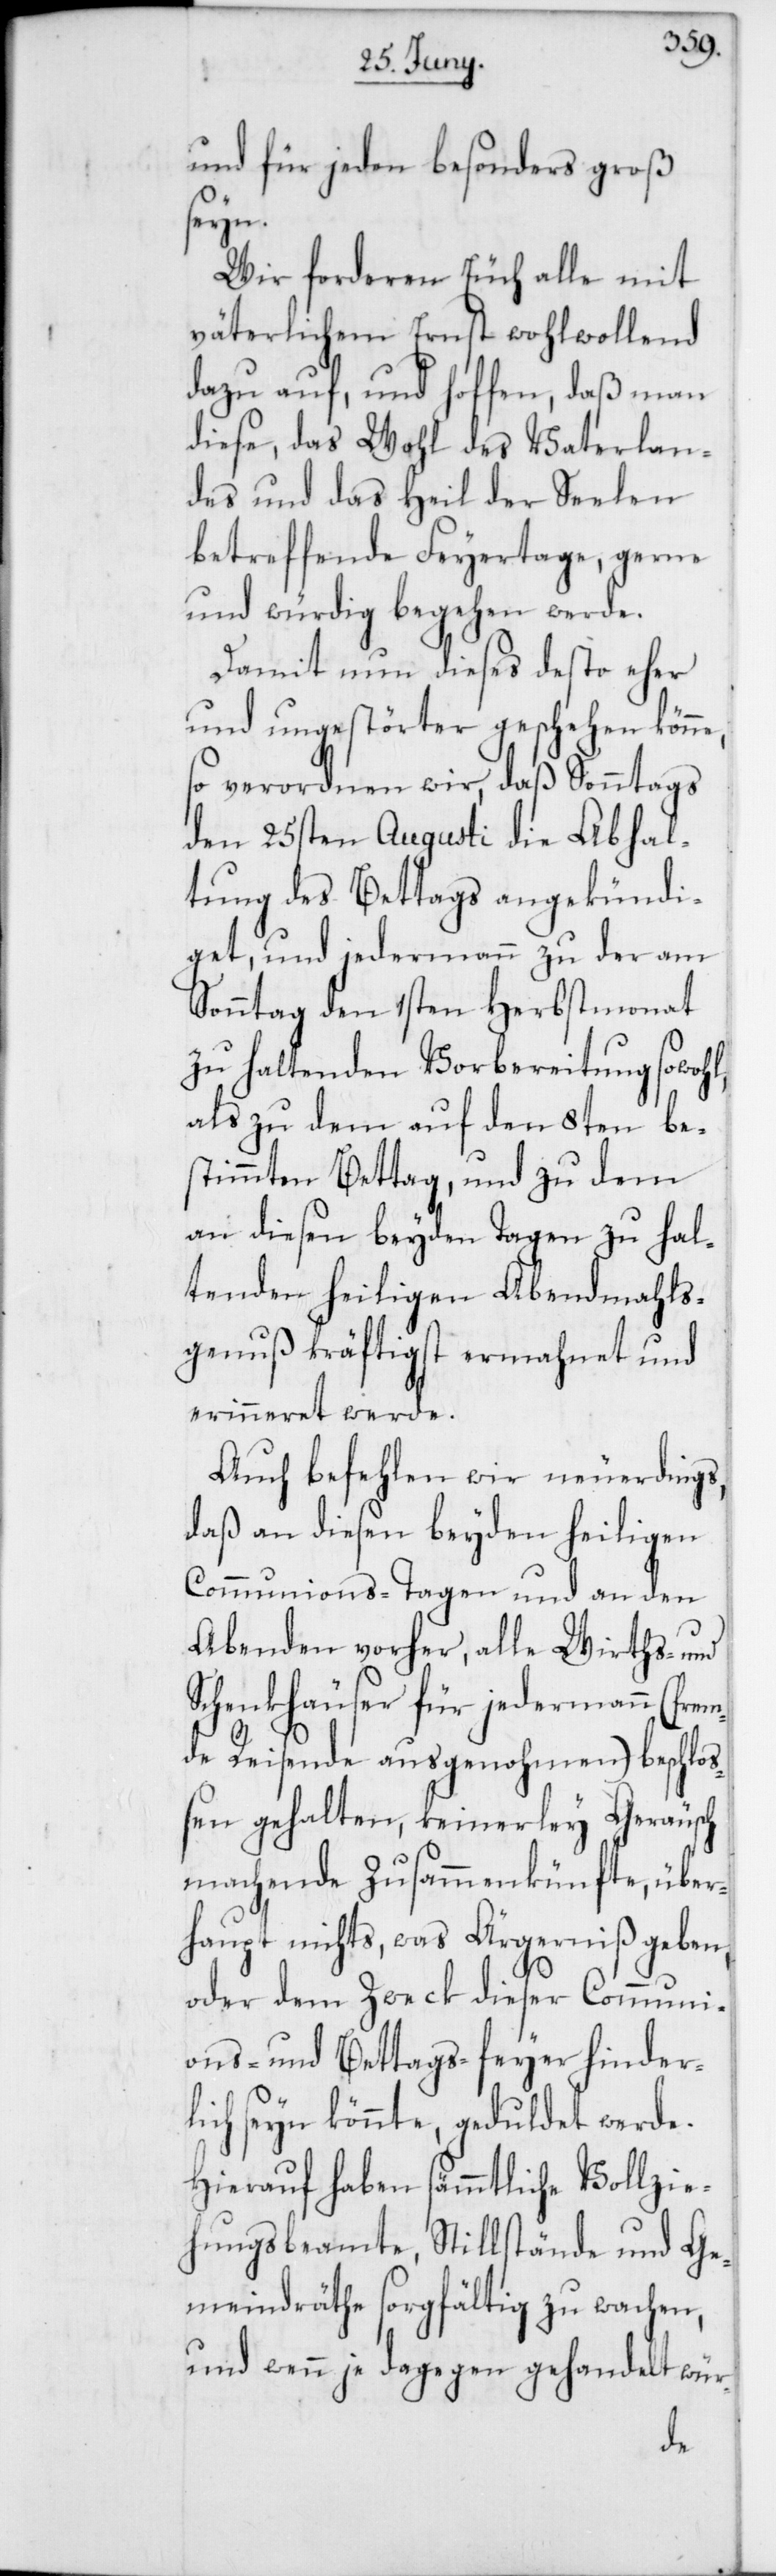
und für jeden besonders groß
seyn.
Wir forderen Euch alle mit
väterlichem Ernst wohlwollend
dazu auf, und hoffen, daß man
diese, das Wohl des Vaterlan¬
des und das Heil der Seelen
betreffende Feyertage, gerne
und würdig begehen werde.
Damit nun dieses desto eher
und ungestörter geschehen könne,
so verordnen wir, daß Sonntags
den 25sten Augusti die Abhal¬
tung des Bettags angekündi¬
get, und jedermann zu der am
Sonntag den 1sten Herbstmonat
zu haltenden Vorbereitung sowohl,
als zu dem auf den 8ten be¬
stimmten Bettag, und zu dem
an diesen beyden Tagen zu hal¬
tenden heiligen Abendmahls¬
genuß kräftigst ermahnet und
erinneret werde.
Auch befehlen wir neuerdings,
daß an diesen beyden heiligen
Communions-Tagen und an den
Abenden vorher, alle Wirths- und
Schenkhäuser für jedermann (frem¬
de Reisende ausgenohmen) beschloß¬
en gehalten, keinerley Geräusch
machende Zusammenkünfte, über¬
haupt nichts, was Ärgerniß geben
oder dem Zweck dieser Communi¬
ons- und Bettags-feyer hinder¬
lich seyn könnte, geduldet werde.
Hierauf haben sämmtliche Vollzie¬
hungsbeamte, Stillstände und Ge¬
meindräthe sorgfältig zu wachen,
und wenn je dagegen gehandelt wür-